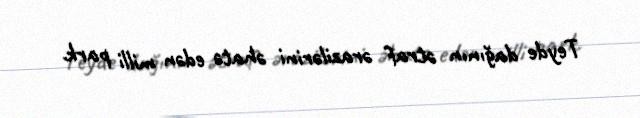
Teyde dağının ətraf ərazilərini əhatə edən milli park.